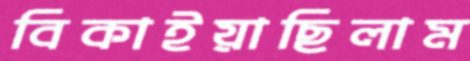
বিকাইয়াছিলাম